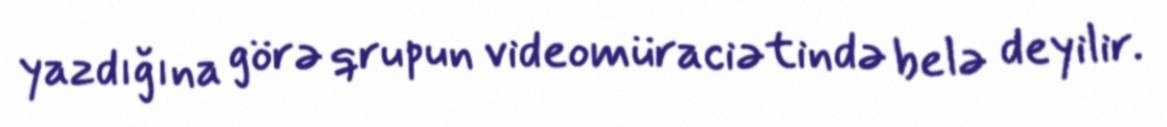
yazdığına görə qrupun videomüraciətində belə deyilir.